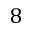
8